Madras plague regulations in force outside the Presidency town - Volume 2
Disease focus: Plague
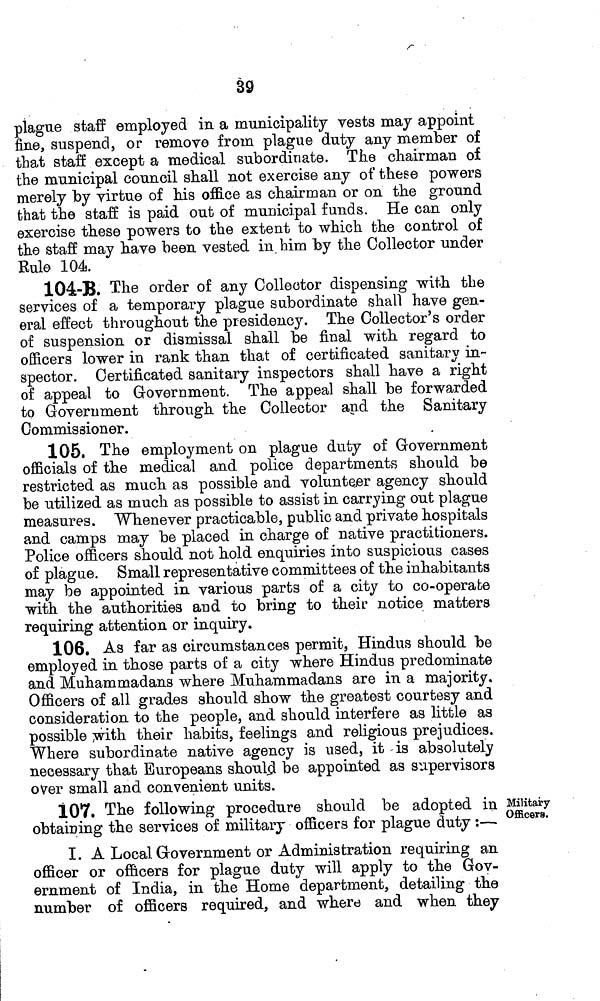
39
plague staff employed in a municipality vests may appoint
fine, suspend, or remove from plague duty any member of
that staff except a medical subordinate. The chairman of
the municipal council shall not exercise any of these powers
merely by virtue of his office as chairman or on the ground
that the staff is paid out of municipal funds. He can only
exercise these powers to the extent to which the control of
the staff may have been vested in him by the Collector under
Rule 104.
104-B. The order of any Collector dispensing with the
services of a temporary plague subordinate shall have gen-
eral effect throughout the presidency. The Collector's order
of suspension or dismissal shall be final with regard to
officers lower in rank than that of certificated sanitary in-
spector. Certificated sanitary inspectors shall have a right
of appeal to Government. The appeal shall be forwarded
to Government through the Collector apd the Sanitary
Commissioner.
105. The employment on plague duty of Government
officials of the medical and police departments should be
restricted as much as possible and volunteer agency should
be utilized as much as possible to assist in carrying out plague
measures. Whenever practicable, public and private hospitals
and camps may be placed in charge of native practitioners.
Police officers should not hold enquiries into suspicious cases
of plague. Small representative committees of the inhabitants
may be appointed in various parts of a city to co-operate
with the authorities and to bring to their notice matters
requiring attention or inquiry.
106. As far as circumstances permit, Hindus should be
employed in those parts of a city where Hindus predominate
and Muhammadans where Muhammadans are in a majority.
Officers of all grades should show the greatest courtesy and
consideration to the people, and should interfere as little as
possible with their habits, feelings and religious prejudices.
Where subordinate native agency is used, it is absolutely
necessary that Europeans should be appointed as supervisors
over small and convenient units.
Military
Officers.
107. The following procedure should be adopted in
obtaining the services of military officers for plague duty :—
I. A Local Government or Administration requiring an
officer or officers for plague duty will apply to the Gov-
ernment of India, in the Home department, detailing the
number of officers required, and where and when they